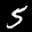
Label: 5